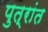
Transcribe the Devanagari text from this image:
पुत्रांत